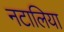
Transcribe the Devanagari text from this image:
नटालिया